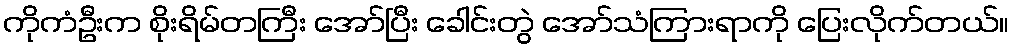
ကိုကံဦးက စိုးရိမ်တကြီး အော်ပြီး ခေါင်းတွဲ အော်သံကြားရာကို ပြေးလိုက်တယ်။